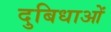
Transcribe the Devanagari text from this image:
दुबिधाओं